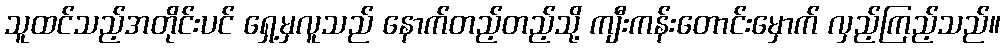
သူထင်သည့်အတိုင်းပင် ရှေ့မှလူသည် နောက်တည့်တည့်သို့ ကျီးကန်းတောင်းမှောက် လှည့်ကြည့်သည်။